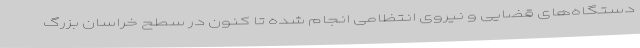
دستگاه‌های قضایی و نیروی انتظامی انجام شده تا کنون در سطح خراسان بزرگ